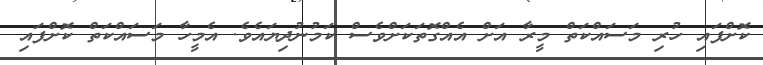
ކޮށްފައި ހުރި މަސައްކަތް މީރާ އަށް އެއްގޮތަކަށްވެސް ކަމުނުދިޔައެވެ. އެމީހާ މަސައްކަތް ކޮށްފައި